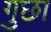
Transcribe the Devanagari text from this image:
गुछा